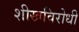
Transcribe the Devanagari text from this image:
शीखविरोधी